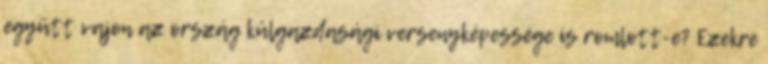
együtt vajon az ország külgazdasági versenyképessége is romlott-e? Ezekre